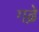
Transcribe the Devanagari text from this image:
गढे़